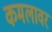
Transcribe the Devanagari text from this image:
कमलावर